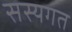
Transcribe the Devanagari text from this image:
सस्यगत